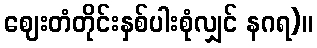
ဈေးတံတိုင်းနှစ်ပါးစုံလျှင် နဂရ)။